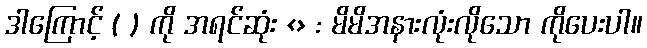
ဒါကြောင့် ( ) ကို အရင်ဆုံး <> : မိမိအနားလုံးလိုသော ကိုပေးပါ။